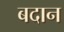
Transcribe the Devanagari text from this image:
बदान